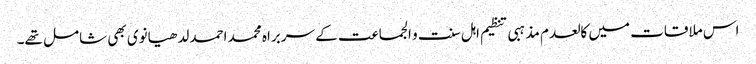
اس ملاقات میں کالعدم مذہبی تنظیم اہل سنت و الجماعت کے سربراہ محمد احمد لدھیانوی بھی شامل تھے۔